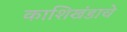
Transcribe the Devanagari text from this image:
काशिखंडाचे